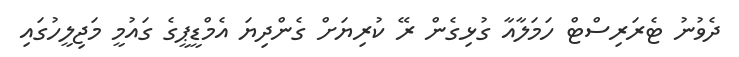
ދެވުނު ޓެރަރިސްޓް ހަމަލާއާ ގުޅިގެން ރޭ ކުރިޔަށް ގެންދިޔަ އެމްޑީޕީގެ ގައުމީ މަޖިލީހުގައި